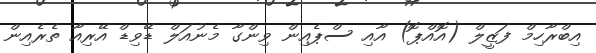
އިބްރާހިމް ފަޒީލް (އޮއްޕޮ) އާއި ސްޕެއިން ވިންގާ މެނުއަލް ޑޭވިޑް އޭރިއާ ތެރެއިން